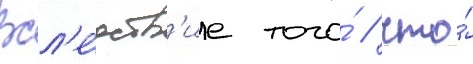
Всл'е́дств'ие того́ / что́